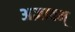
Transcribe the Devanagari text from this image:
अज्ञातम्‌